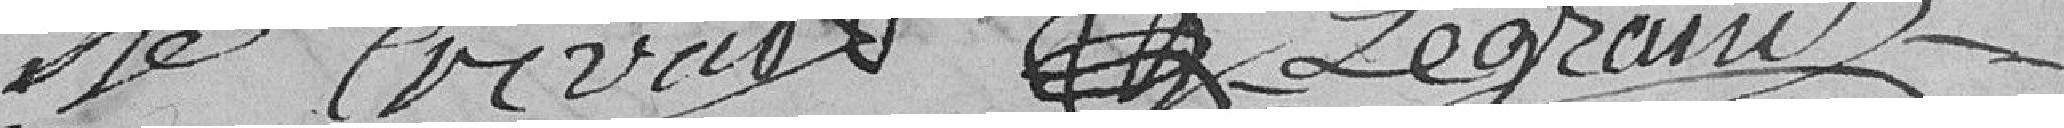
Orvat Legrand